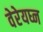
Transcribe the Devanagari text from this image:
वेरेयघ्न